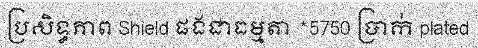
ប្រសិទ្ធភាព Shield ផងជាធម្មតា *5750 ប្រាក់ plated